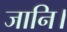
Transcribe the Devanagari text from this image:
जानि।